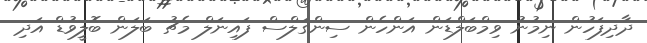
ދާދިފަހުން ނިމުނު ވިމްބަލްޑަން އަންހެން ސިންގަލްސް ފައިނަލް މެޗު ބަލަން ބޮލީވުޑް އަދި